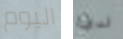
اليوم لدي